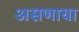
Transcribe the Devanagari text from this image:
असणाया